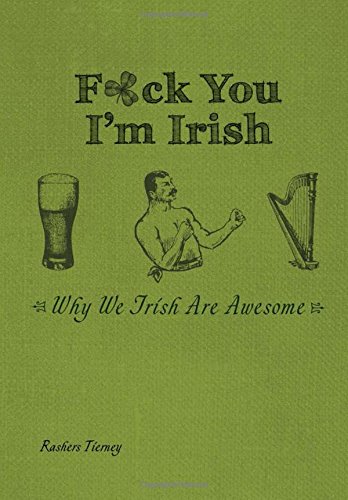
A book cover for F*ck You, I'm Irish: Why We Irish Are Awesome; Rashers Tierney; Humor & Entertainment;